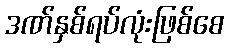
ဒဏ်နှစ်ရပ်လုံးဖြစ်စေ